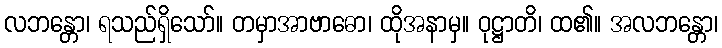
လဘန္တော၊ ရသည်ရှိသော်။ တမှာအာဗာဓော၊ ထိုအနာမှ။ ဝုဋ္ဌာတိ၊ ထ၏။ အလဘန္တော၊